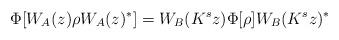
LaTeX: \begin{align*}\Phi [ W_{A}(z)\rho W_{A}(z)^{\ast }]=W_{B}(K^{s}z)\Phi [ \rho]W_{B}(K^{s}z)^{\ast } \end{align*}